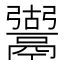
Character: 𩱍